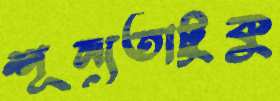
শূন্যতাটুকু